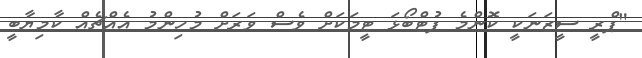
"ޕްރީ ސީޒަނަކީ ކޮންމެ ފުޓްބޯޅަ ޓީމަކަށް ވެސް ވަރަށް މުހިންމު އެއްޗެއް ކާމިޔާބީ